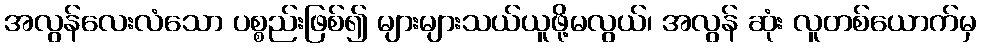
အလွန်လေးလံသော ပစ္စည်းဖြစ်၍ များများသယ်ယူဖို့မလွယ်၊ အလွန် ဆုံး လူတစ်ယောက်မှ